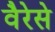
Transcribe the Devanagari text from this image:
वैरेसे